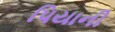
પિયાની